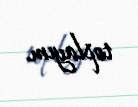
toplayım.